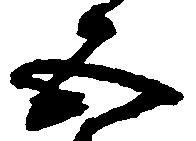
五